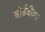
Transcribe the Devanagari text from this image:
बोर्डवीयर